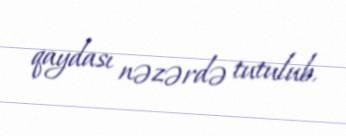
qaydası nəzərdə tutulub.